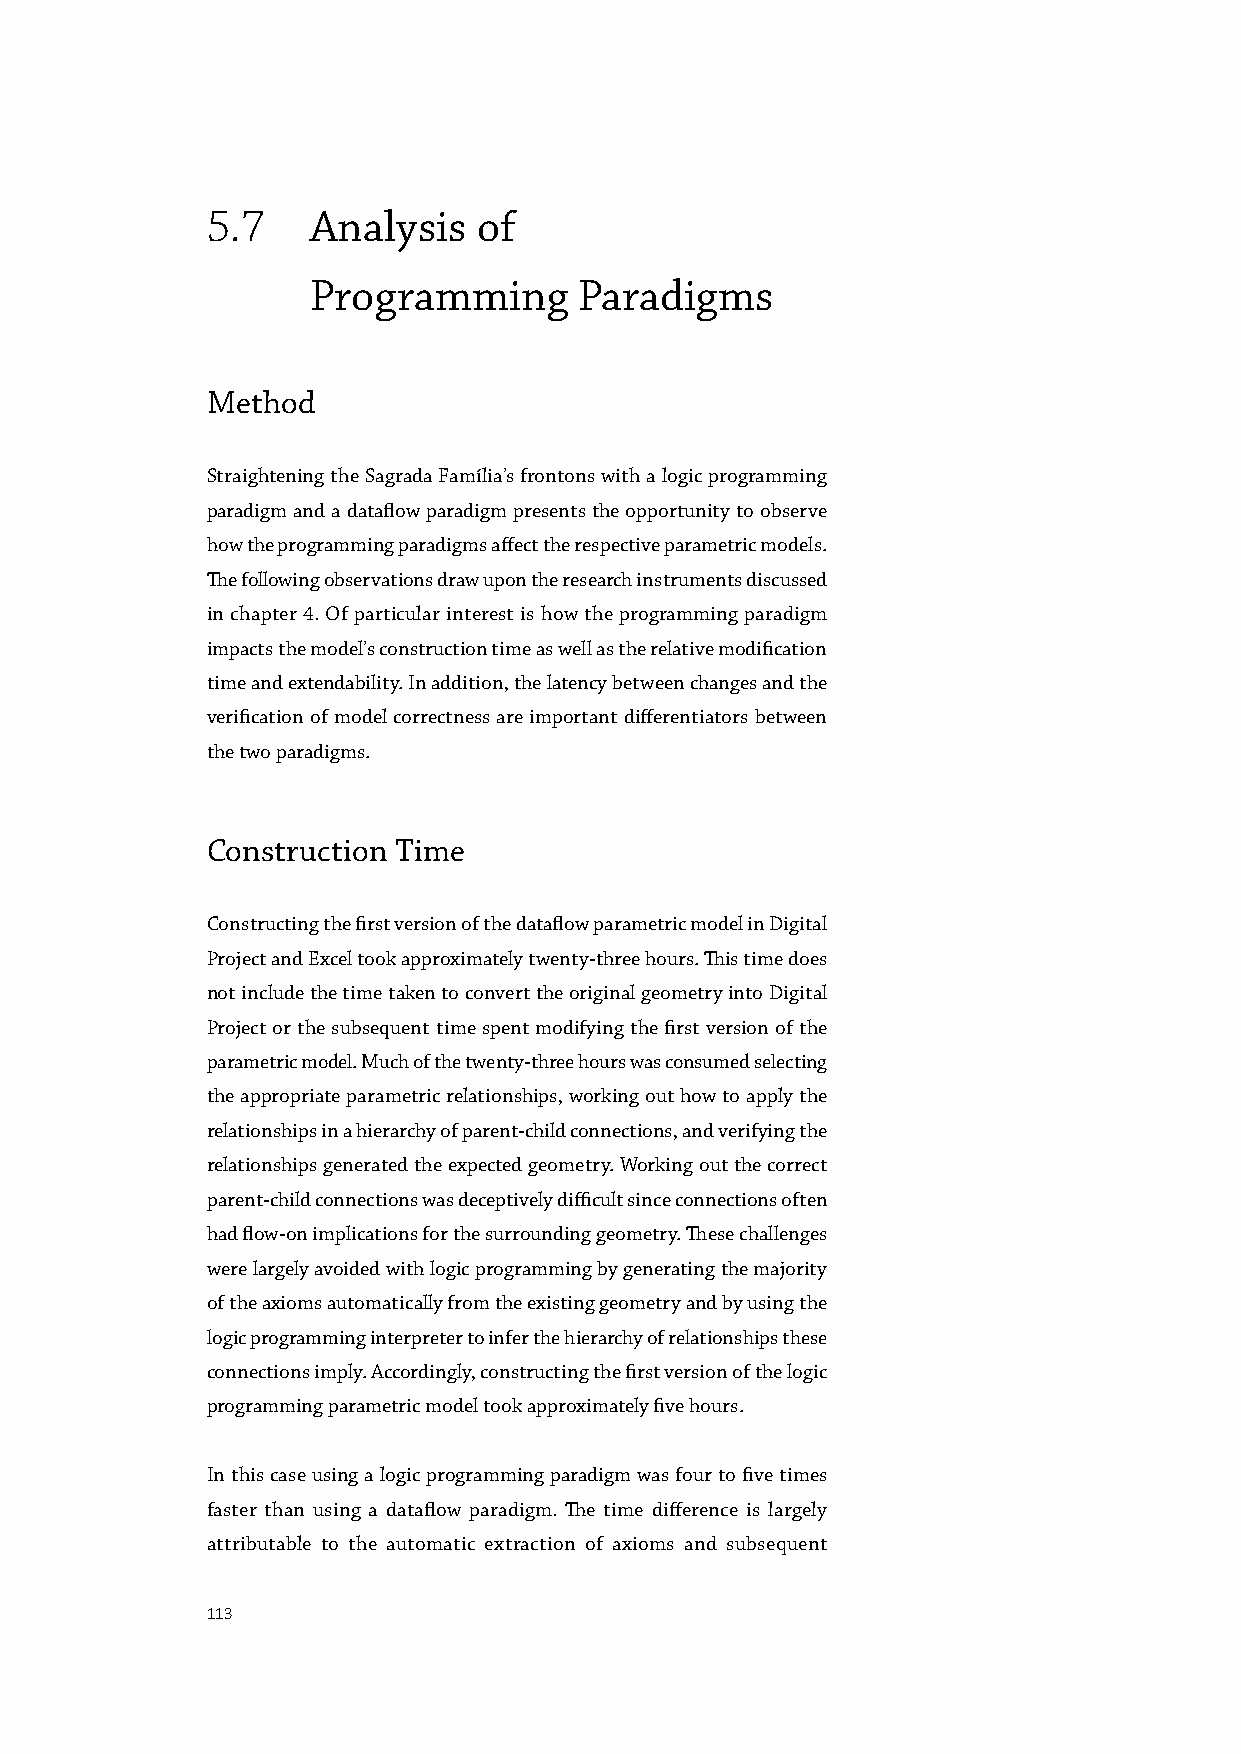
5.7    Analysis   of
 Programming      Paradigms
 Method
 Straightening the Sagrada Família’s frontons with a logic programming
 paradigm and a dataflow paradigm presents the opportunity to observe
 how the programming paradigms affect the respective parametric models.
 The following observations draw upon the research instruments discussed
 in chapter 4. Of particular interest is how the programming paradigm
 impacts the model’s construction time as well as the relative modification
 time and extendability. In addition, the latency between changes and the
 verification of model correctness are important differentiators between
 the two paradigms.
 Construction Time
 Constructing the first version of the dataflow parametric model in Digital
 Project and Excel took approximately twenty-three hours. This time does
 not include the time taken to convert the original geometry into Digital
 Project or the subsequent time spent modifying the first version of the
 parametric model. Much of the twenty-three hours was consumed selecting
 the appropriate parametric relationships, working out how to apply the
 relationships in a hierarchy of parent-child connections, and verifying the
 relationships generated the expected geometry. Working out the correct
 parent-child connections was deceptively difficult since connections often
 had flow-on implications for the surrounding geometry. These challenges
 were largely avoided with logic programming by generating the majority
 of the axioms automatically from the existing geometry and by using the
 logic programming interpreter to infer the hierarchy of relationships these
 connections imply. Accordingly, constructing the first version of the logic
 programming parametric model took approximately five hours.
 In this case using a logic programming paradigm was four to five times
 faster than using a dataflow paradigm. The time difference is largely
 attributable to the automatic extraction of axioms and subsequent
 113